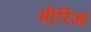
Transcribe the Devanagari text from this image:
मीरिआ